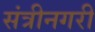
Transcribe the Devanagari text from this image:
संत्रीनगरी